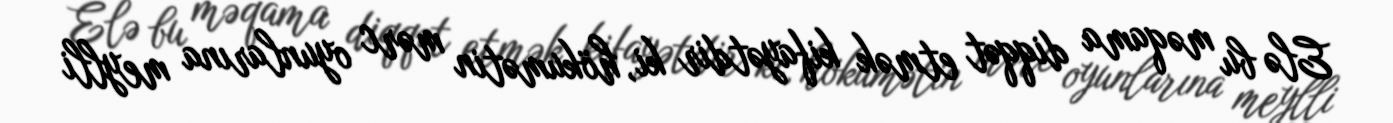
Elə bu məqama diqqət etmək kifayətdir ki, hökumətin mərc oyunlarına meylli